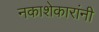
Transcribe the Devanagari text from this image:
नकाशेकारांनी